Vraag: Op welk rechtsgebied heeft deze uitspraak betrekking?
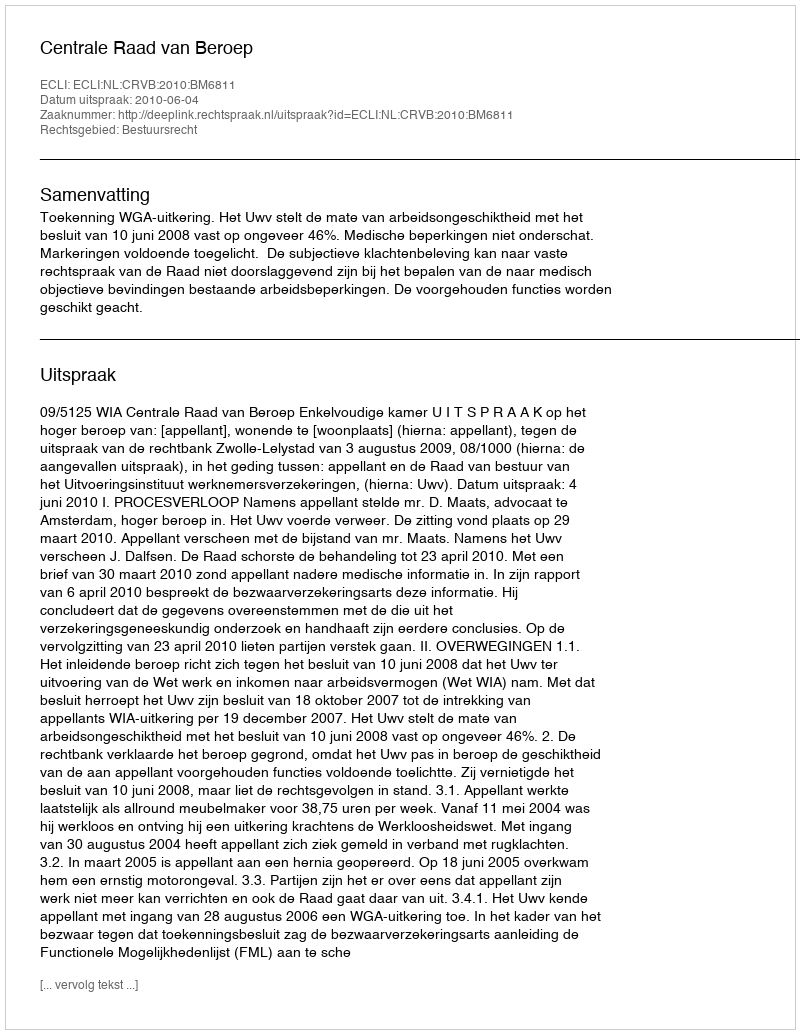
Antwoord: Bestuursrecht